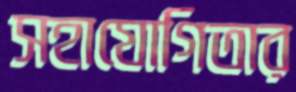
সহাযোগিতার